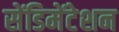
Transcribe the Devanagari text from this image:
सेंडिमेंटेशन